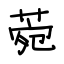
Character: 菀